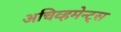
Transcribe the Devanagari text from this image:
अचिव्हमेन्ट्स